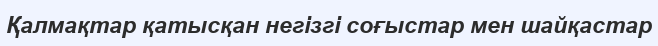
Қалмақтар қатысқан негізгі соғыстар мен шайқастар